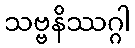
သဗ္ဗနိဿဂ္ဂါ